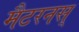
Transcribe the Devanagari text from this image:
मैटरनस्